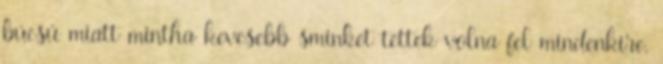
búcsú miatt mintha kevesebb sminket tettek volna fel mindenkire,